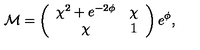
{ \cal M } = \left( \begin{array} { c c } { \chi ^ { 2 } + e ^ { - 2 { \phi } } } & { \chi } \\ { \chi } & { 1 } \\ \end{array} \right) e ^ { { \phi } } ,